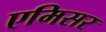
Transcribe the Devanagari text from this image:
एमिसर